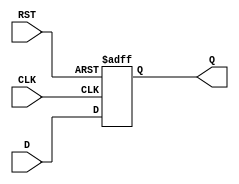
module d_flip_flop (
input wire D,
input wire CLK,
input wire RST,
output reg Q
);

always @(posedge CLK or posedge RST) begin
if (RST) begin
Q <= 1'b0; // Reset the flip-flop
end else begin
Q <= D; // Transfer D input to Q output on rising edge of CLK
end
end

endmodule